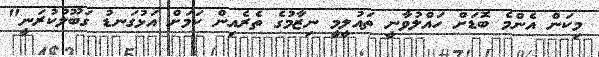
މިކަން އެންމެ ބޮޑަށް ހައްލުވާނީ ތައުލީމީ ނިޒާމުގެ ތެރެއިން ކަމަށް އަޅުގަނޑު ގަބޫލުކުރަނީ"